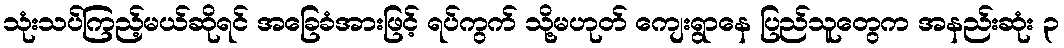
သုံးသပ်ကြည့်မယ်ဆိုရင် အခြေခံအားဖြင့် ရပ်ကွက် သို့မဟုတ် ကျေးရွာနေ ပြည်သူတွေက အနည်းဆုံး ၃